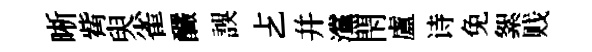
晰觜臾雀釅誤𠧒幷灙閇盧诗免絮贱